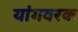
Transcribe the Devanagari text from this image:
यांगवरक